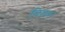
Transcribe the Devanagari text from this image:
बिसरु